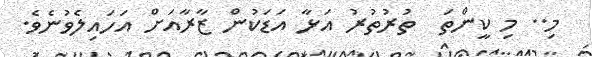
މި.. މި ކީންތަ  ތުރުތުރު އަޅާ އަޑަކުން ޒާރާއަށް އަހައިލެވުނެވެ.